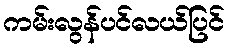
ကမ်းလွန်ပင်လယ်ပြင်